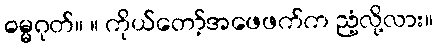
ဓမ္မဂုတ်။ ။ ကိုယ်တော့်အဖေဖက်က ညံ့လို့လား။